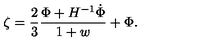
\zeta = { \frac { 2 } { 3 } } { \frac { \Phi + H ^ { - 1 } { \dot { \Phi } } } { 1 + w } } + \Phi .